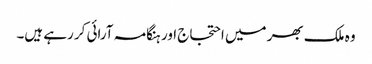
وہ ملک بھر میں احتجاج اور ہنگامہ آرائی کر رہے ہیں۔